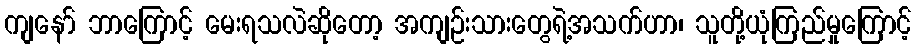
ကျနော် ဘာကြောင့် မေးရသလဲဆိုတော့ အကျဉ်းသားတွေရဲ့အသက်ဟာ၊ သူတို့ယုံကြည်မှုကြောင့်